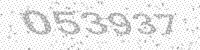
Solution: 053937